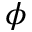
\phi